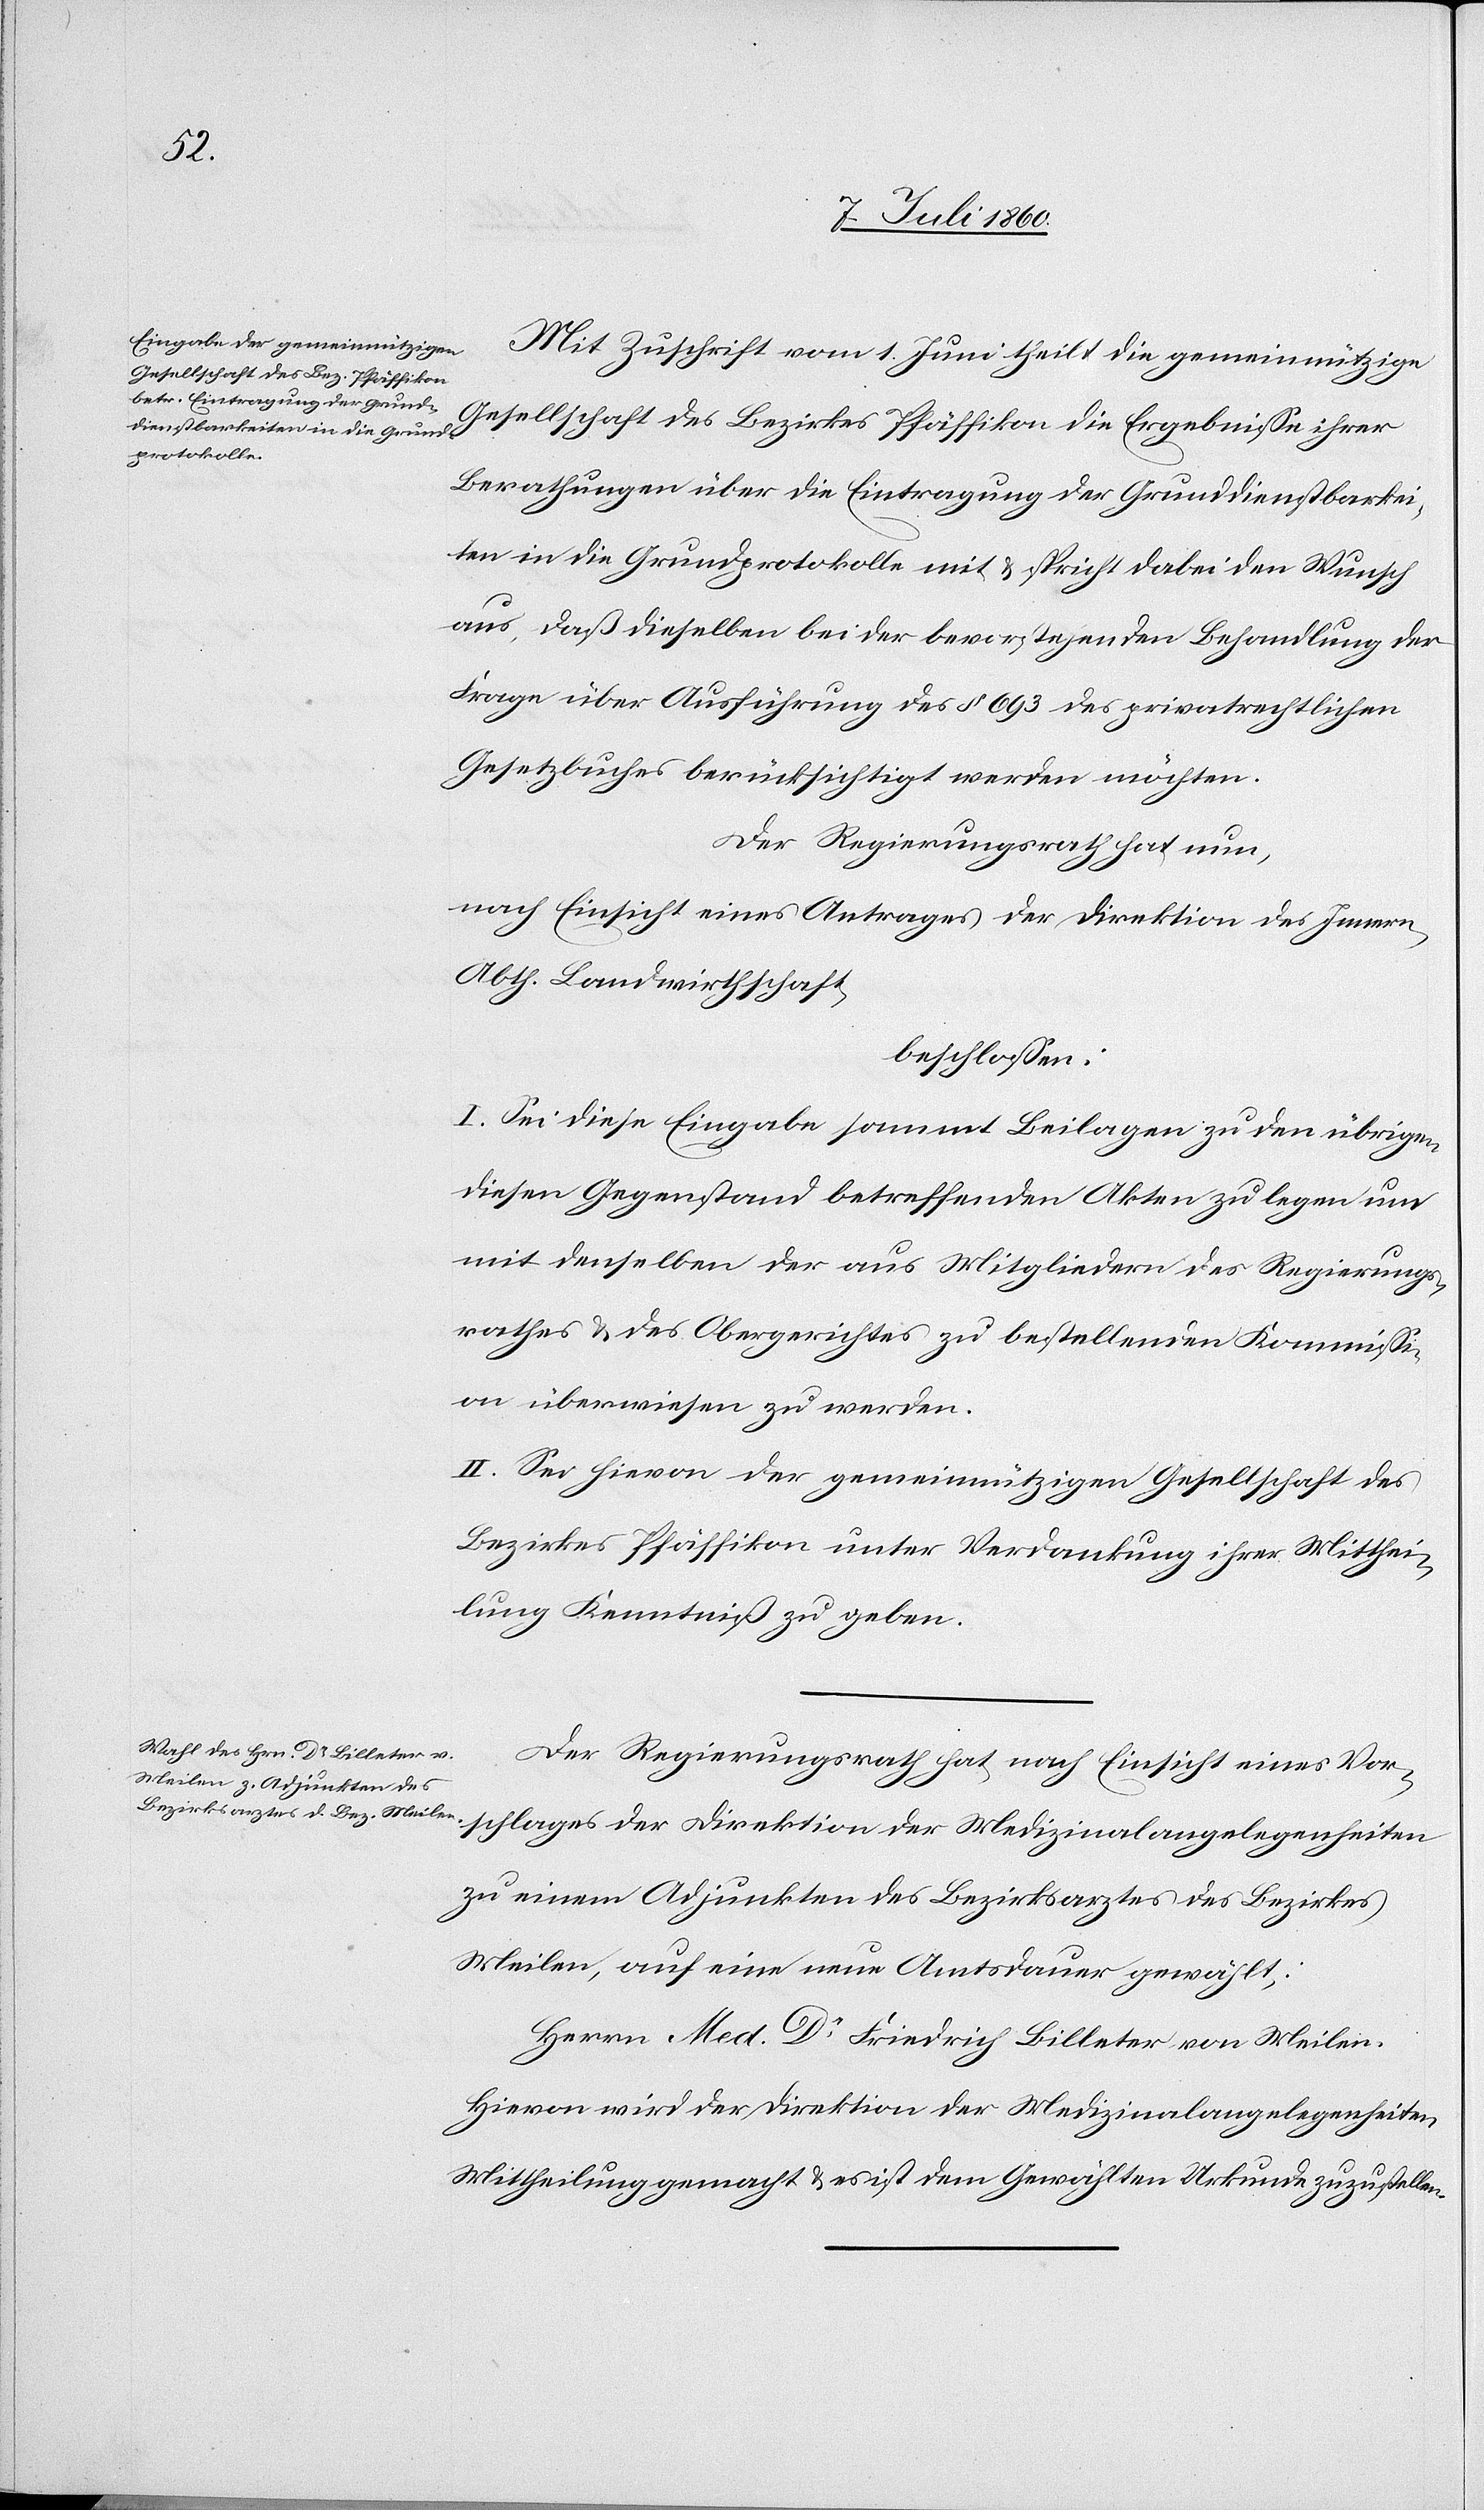
Mit Zuschrift vom 1. Juni theilt die gemeinnützige
Gesellschaft des Bezirkes Pfäffikon die Ergebnisse ihrer
Berathungen über die Eintragung der Grunddienstbarkei¬
ten in die Grundprotokolle mit & spricht dabei den Wunsch
aus, daß dieselben bei der bevorstehenden Behandlung der
Frage über Ausführung des § 693 des privatrechtlichen
Gesetzbuches berücksichtigt werden möchten.
Der Regierungsrath hat nun,
nach Einsicht eines Antrages der Direktion des Innern,
Abth. Landwirthschaft
beschlossen:
I. Sei diese Eingabe sammt Beilagen zu den übrigen
diesen Gegenstand betreffenden Akten zu legen um
mit denselben der aus Mitgliedern des Regierungs¬
rathes & des Obergerichtes zu bestellenden Kommissi¬
on überwiesen zu werden.
II. Sei hievon der gemeinnützigen Gesellschaft des
Bezirkes Pfäffikon unter Verdankung ihrer Mitthei¬
lung Kenntniß zu geben.
Der Regierungsrath hat, nach Einsicht eines Vor¬
schlages der Direktion der Medizinalangelegenheiten
zu einem Adjunkten des Bezirksarztes des Bezirkes
Meilen, auf eine neue Amtsdauer gewählt:
Herrn Med. Dr. Friedrich Billeter von Meilen.
Hievon wird der Direktion der Medizinalangelegenheiten
Mittheilung gemacht & es ist dem Gewählten Urkunde zuzustellen.